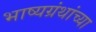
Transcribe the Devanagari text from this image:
भाष्यग्रंथांच्या